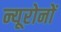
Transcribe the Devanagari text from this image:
न्यूरोनों